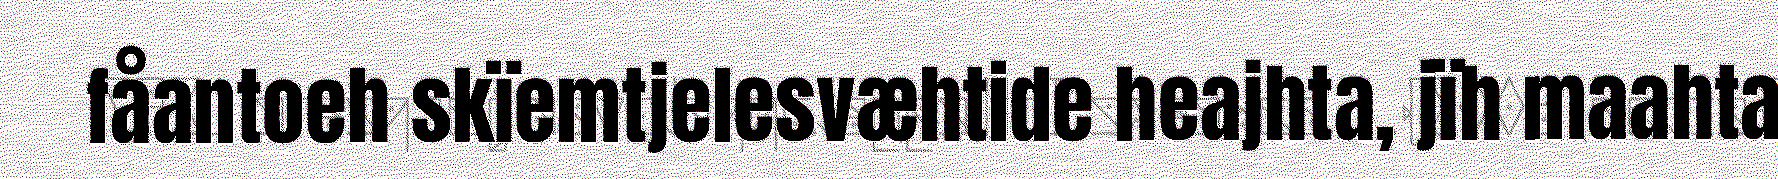
fåantoeh skïemtjelesvæhtide heajhta, jïh maahta